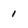
Character: 1